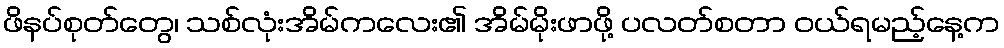
ဖိနပ်စုတ်တွေ၊ သစ်လုံးအိမ်ကလေး၏ အိမ်မိုးဖာဖို့ ပလတ်စတာ ဝယ်ရမည့်နေ့က